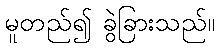
မူတည်၍ ခွဲခြားသည်။